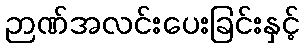
ဉာဏ်အလင်းပေးခြင်းနှင့်